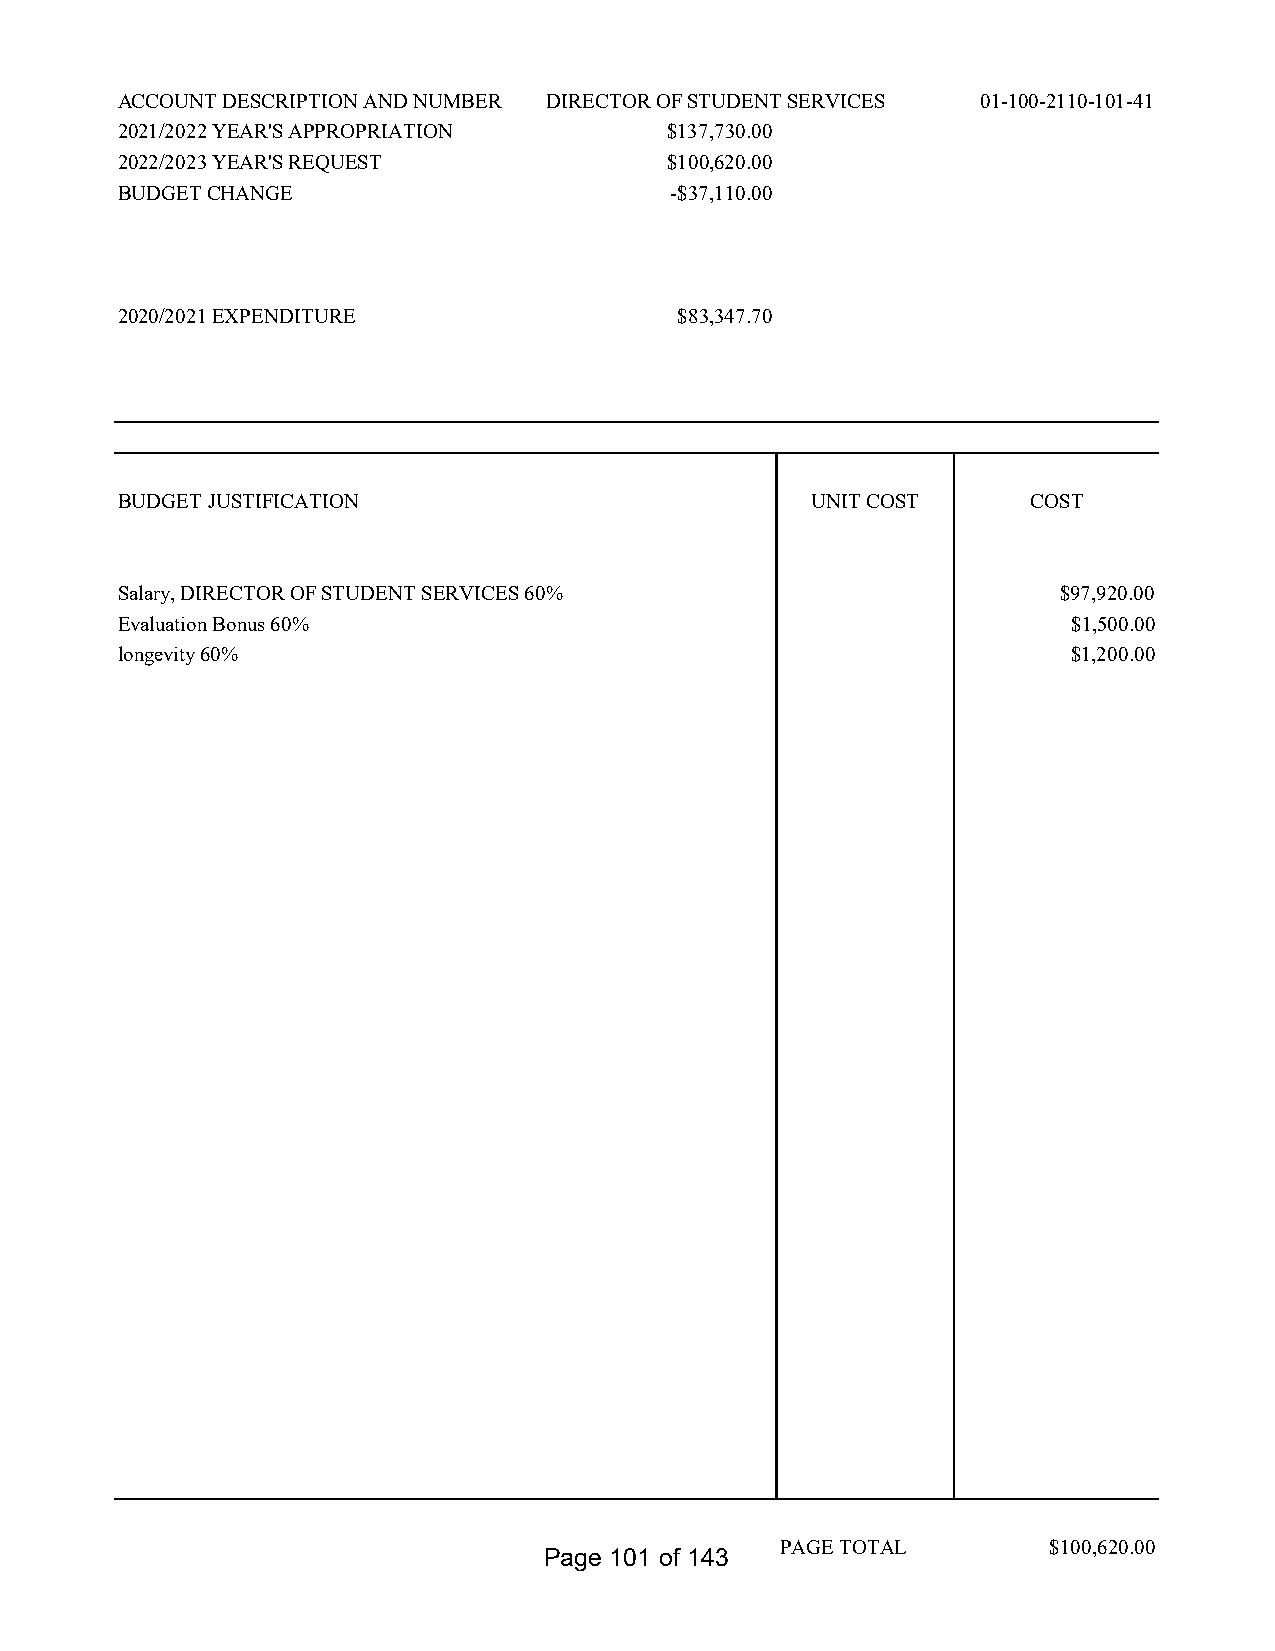
ACCOUNT DESCRIPTION AND NUMBER DIRECTOR OF STUDENT SERVICES 01-100-2110-101-41
 2021/2022 YEAR'S APPROPRIATION      $137,730.00
 2022/2023 YEAR'S REQUEST            $100,620.00
 BUDGET CHANGE                       -$37,110.00
 2020/2021 EXPENDITURE                $83,347.70
 BUDGET JUSTIFICATION                          UNIT COST     COST
 Salary, DIRECTOR OF STUDENT SERVICES 60%                      $97,920.00
 Evaluation Bonus 60%                                           $1,500.00
 longevity 60%                                                  $1,200.00
 PAGE TOTAL        $100,620.00
 Page 101 of 143